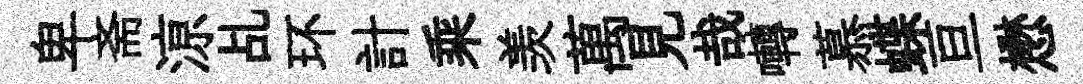
卑斋鿌乩环計乘羡萬見哉囀慕蝶亘懋